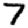
Digit: 7